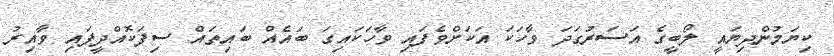
ކިޔަމުންދިޔައީ ލޯބީގެ އަސަރުގަދަ ވާހަކަ އަކަށްވެފައި ވާހަކައިގަ ބައެއް ބައިތައް ސިފަކޮއްދީފައި ވާއިރު